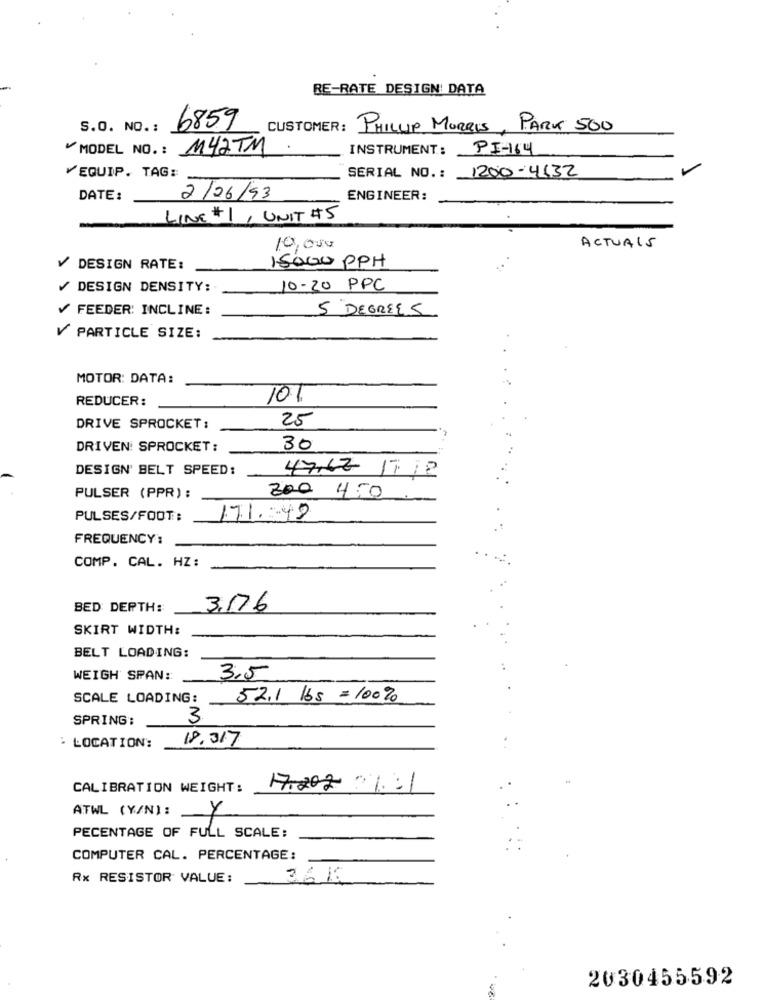
RE-RATE DESIGN: DATA
S.O. NO .:
6859
CUSTOMER : PHILLIP MORRIS, PARK 500
MODEL NO .: M42TM
INSTRUMENT:
PI-164
1200 -4132
EQUIP. TAG:
SERIAL NO. :
DATE:
2/06/93
ENGINEER:
LINE # 1, UNIT #5
10,000
ACTUAIS
V DESIGN RATE:
15000 PPH
/ DESIGN DENSITY:
10-20 PPC
V FEEDER: INCLINE:
5 DEGREES
V PARTICLE SIZE:
MOTOR: DATA:
REDUCER:
101
25
DRIVE SPROCKET:
DRIVEN: SPROCKET :
30
DESIGN' BELT SPEED:
47,62 17 18
PULSER (PPR) :
200 4:0.
PULSES/FOOT:
17.1.49
FREQUENCY :
COMP. CAL. HZ:
BED DEPTH:
3.176
SKIRT WIDTH:
BELT LOADING:
WEIGH SPAN:
3.5
SCALE LOADING:
52.1 lbs = 100%
SPRING:
3
18.317
: LOCATION:
CALIBRATION WEIGHT:
17.202 .1:1
ATWL (Y/N):
Y
PECENTAGE OF FULL SCALE:
COMPUTER CAL. PERCENTAGE:
Rx RESISTOR VALUE:
365
2030455592